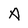
Character: A